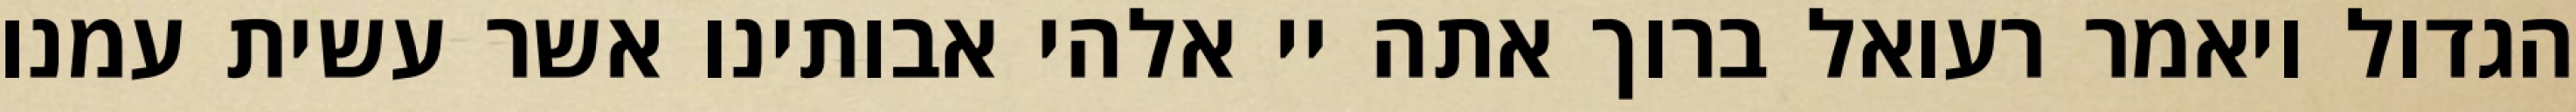
הגדול ויאמר רעואל ברוך אתה יי אלהי אבותינו אשר עשית עמנו